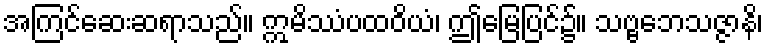
အကြင်ဆေးဆရာသည်။ ဣမိဿံပထဝိယံ၊ ဤမြေပြင်၌။ သဗ္ဗဘေသဇ္ဇာနိ၊